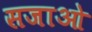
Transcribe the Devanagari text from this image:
सजाओ